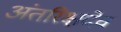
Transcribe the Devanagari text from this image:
अंतरिक्षदेव